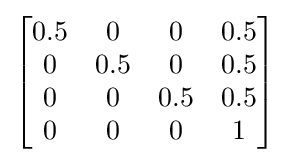
{\begin{bmatrix}0.5&0&0&0.5\\0&0.5&0&0.5\\0&0&0.5&0.5\\0&0&0&1\end{bmatrix}}